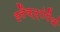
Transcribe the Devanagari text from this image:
इलैक्ट्रोपैथी